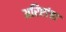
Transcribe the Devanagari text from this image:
अरिष्टांचा